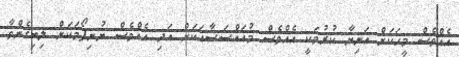
އެއްވެސް މީހަކަށް އަނިޔާ ކުރުމަކީ އެއްވެސް މުއައްސަސާއަކަށް އަދި އެއްވެސް ޔުނިފޯމަކަށް ލިބިގެންވާ